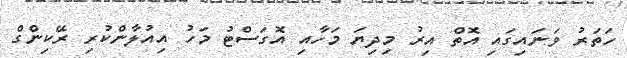
ހަތަރު ވަނައިގައި އޮތް އިރު މިދިޔަ މަހާއި އޮގަސްޓު މަހު އިއުލާންކުރި ރޭކިންގް